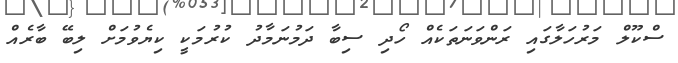
ސްކޫލް މަރުހަލާގައި ރަންވަނަތަކެއް ހޯދި ސިބާ ދަމުނަމާދު ކުރުމަކީ ކިޔެވުމަށް ލިބޭ ބާރެއް